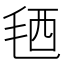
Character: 毢